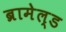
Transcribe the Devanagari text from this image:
ब्रामेल्ड